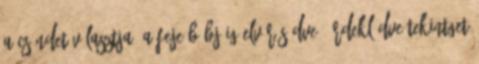
a csöndet választja, a feje búbjáig elvörösödve. Érdeklődve tekintget